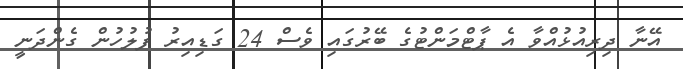
އޭނާ ދިރިއުޅުއްވާ އެ ޕާޓްމަންޓުގެ ބޭރުގައި ވެސް 24 ގަޑިއިރު ފުލުހުން ގެންދަނީ